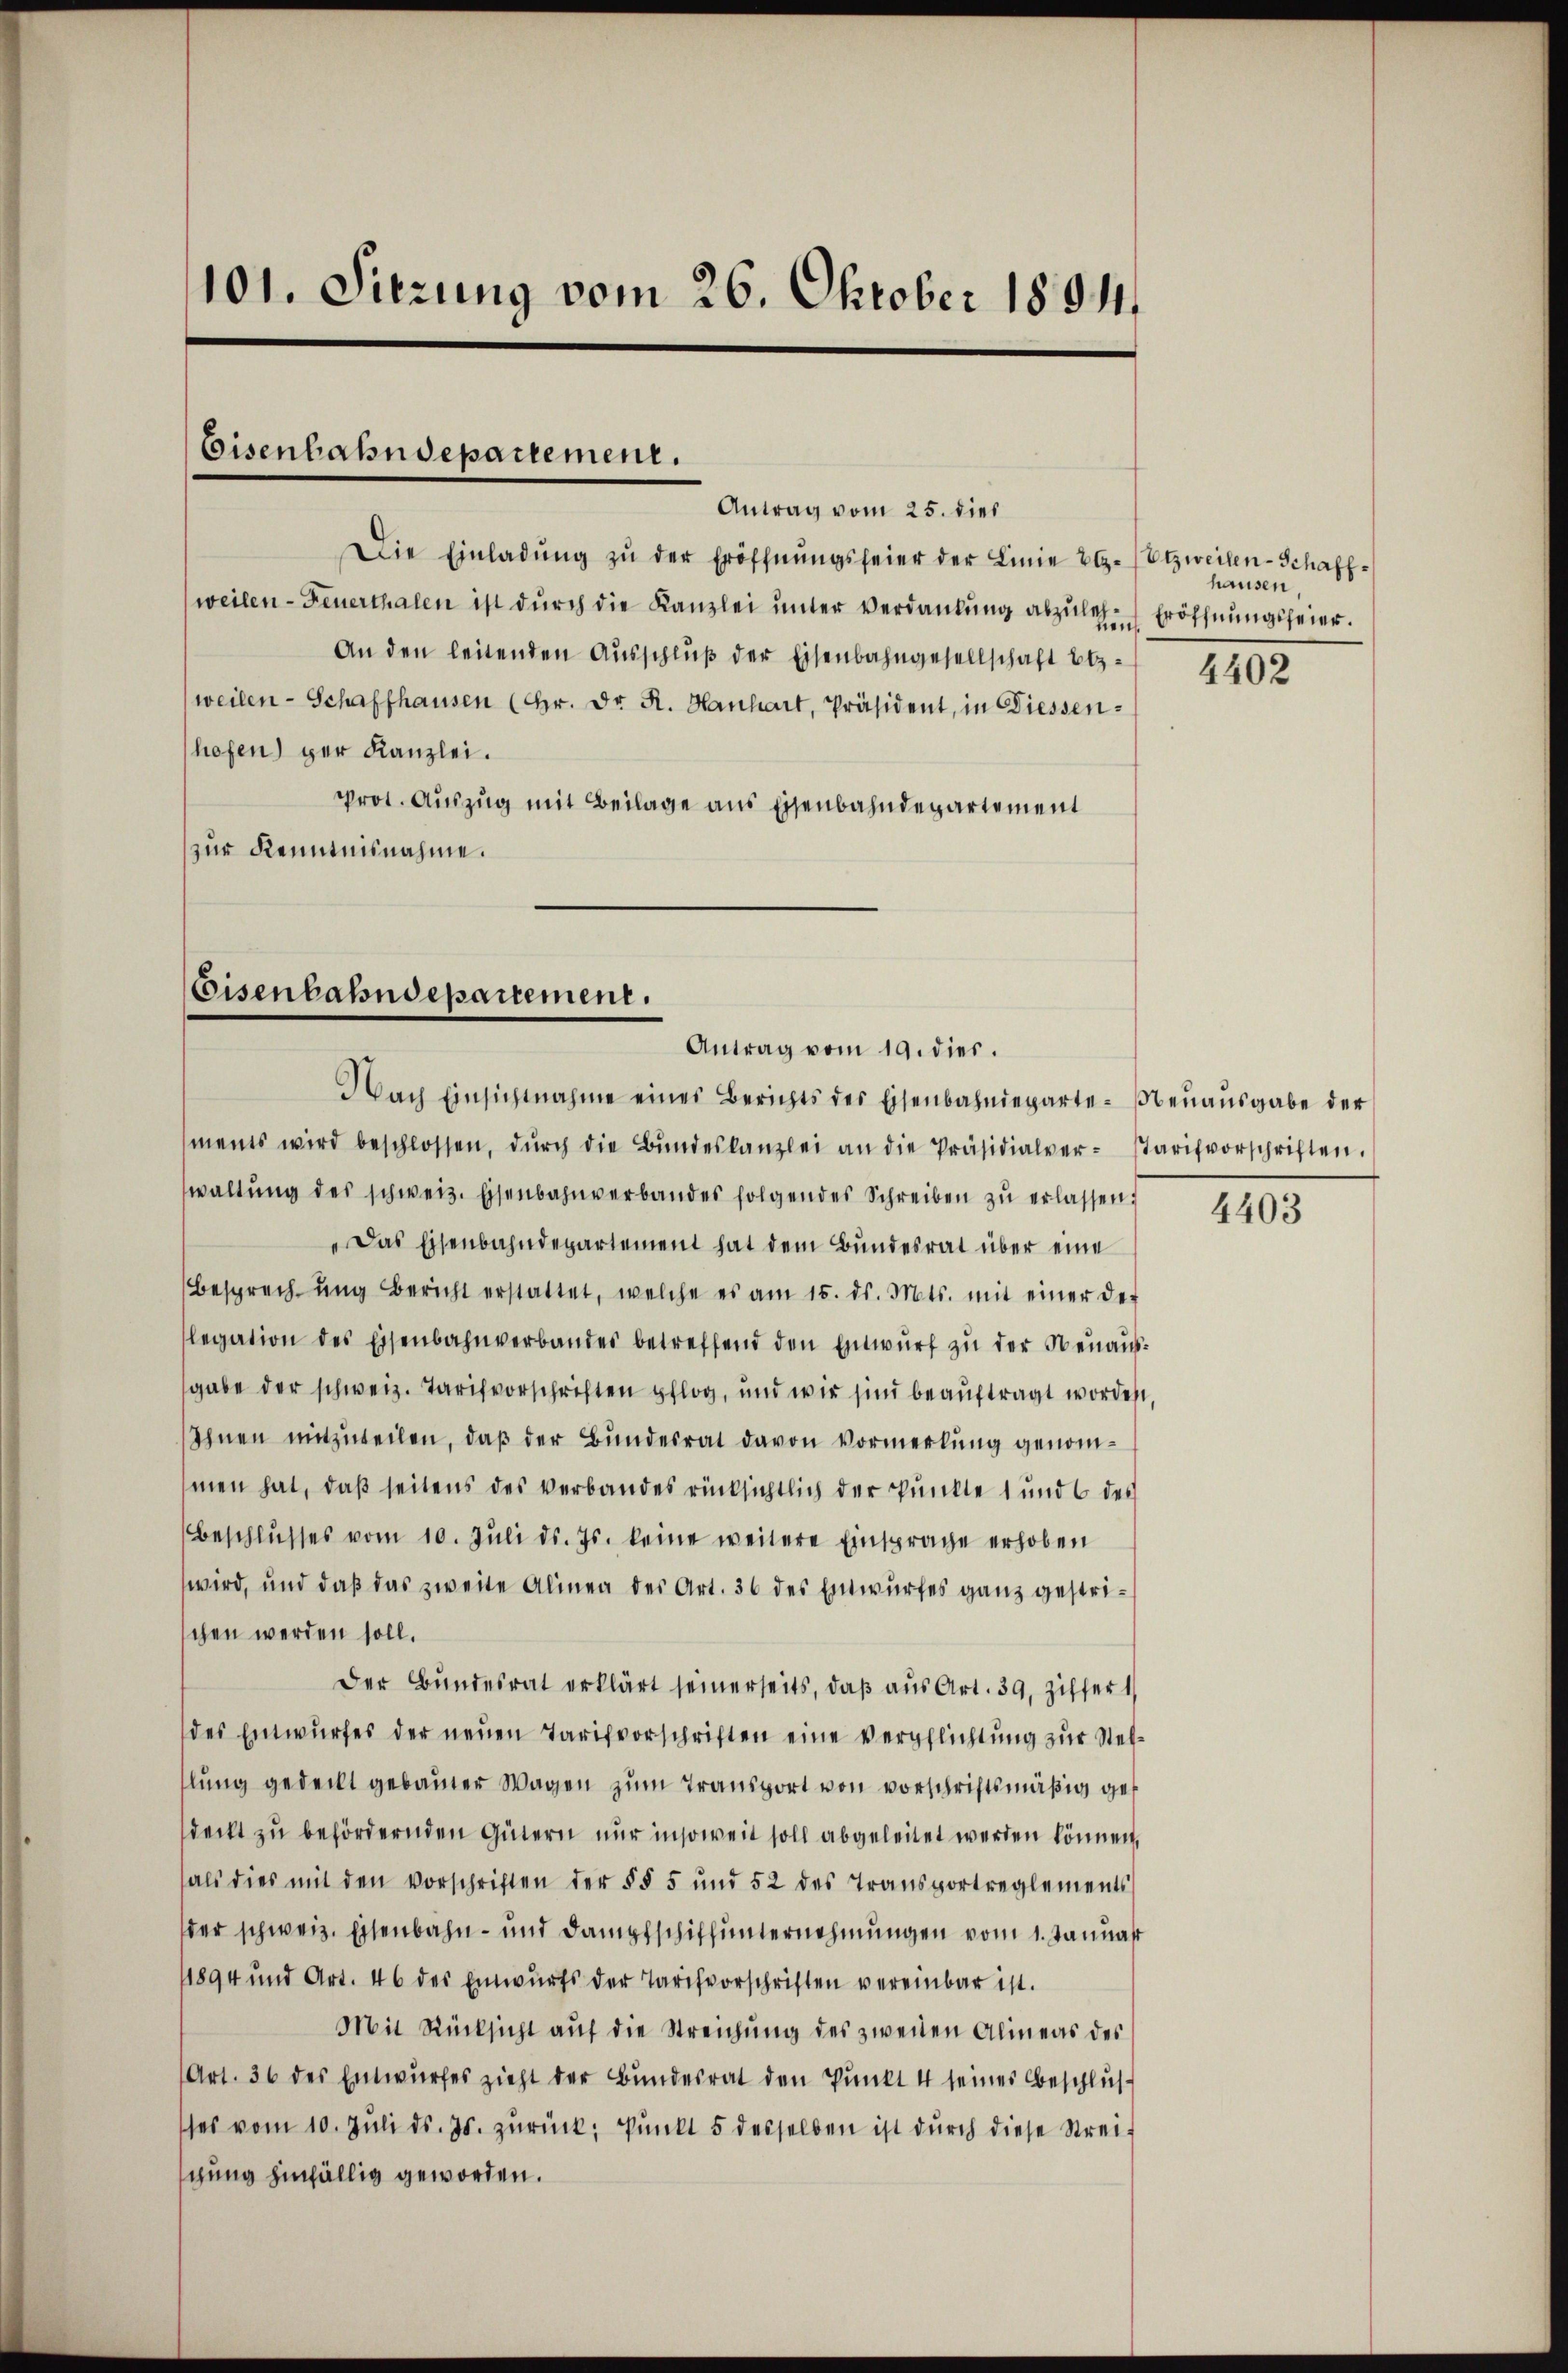
101. Sitzung vom 26. Oktober 1891

Eisenhahndepartement.

Antrag vom 25. dies
Die Einladŭng zŭ der Eröffnŭngsfeier der Linie a. (Etzweilen-Schaff-
weilen - Feuerthalen ist dŭrch die Kanzlei ŭnter verdankŭng abzulege Eröffnungsfeier.
An den leitenden Aŭsschlŭβ der Eisenbahngesellschaft bez
weilen - Schaffhausen (Hr. Dr. R. Hanhart, Präsident, in Diessenhofen) per Kanzlei.
Prot. Auszug mit Beilage aus Eisenbahndepartement
zur Kenntnisnahme.

ments wird beschlossen, dŭrch die Bŭndeskanzlei an die Präsidialver- starifvorschriften.
waltŭng des schweiz. Eisenbahnverbandes folgendes Schreiben zŭ erlassen:
„Das Eisenbahndepartement hat dem Bundesrat über eine
Besprechung Bericht erstattet, welche es am 15. ds. Mts. mit einer der
legation des Eisenbahnverbandes betreffend den Entwurf zu der Neuausgabe der schweiz. Tarifvorschriften pflog, und wir sind beauftragt worden,
Ihnen mitzuteilen, daß der Bundesrat davon Vormerkung genommen hat, daß seitens des verbandes rücksichtlich der Punkte 1 und 6 des
Beschlŭsses vom 10. Juli d. Js. keine weitere Einsprache erhoben
wird, und daß das zweite Alinea des Art. 36 des Entwurfes ganz gestrischen werden soll.
Der Bundesrat erklärt seinerseits, daß aus Art. 39, Ziffer 1
des Entwŭrfes der neuen Tarifvorschriften eine Verpflichtung zur Stelllung gedeckt gebauter Wagen zum Transport von vorschriftsmäßig gesdeckt zu befördernden Gütern nur insoweit soll abgeleitet werden können,
als dies mit den Vorschriften der §§ 5 und 52 des Transportreglements
der schweiz. Eisenbahn- und Dampfschiffunternehmungen vom 1. Januast
1894 und Art. 46 des Einwurfs der Tarifvorschriften vereinbar ist.
Mit Rücksicht auf die Streichung des zweiten Alineas des
(Art. 36 des Entwurfes zieht der Bundesrat den Punkt 4 seines Beschlus
hes vom 10. Jŭli d. Js. zŭrück; Pŭnkt 5 desselben ist dŭrch diese Strei-
gung hinfällig geworden.

Coisenbahndepartement.
Antrag vom 19. dies.
Nach Einsichtnahme einer Berichts des Eisenbahndeparte-Neŭaŭsgabe der

hausen

4402

4403